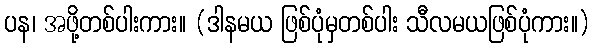
ပန၊ အဖို့တစ်ပါးကား။ (ဒါနမယ ဖြစ်ပုံမှတစ်ပါး သီလမယဖြစ်ပုံကား။)